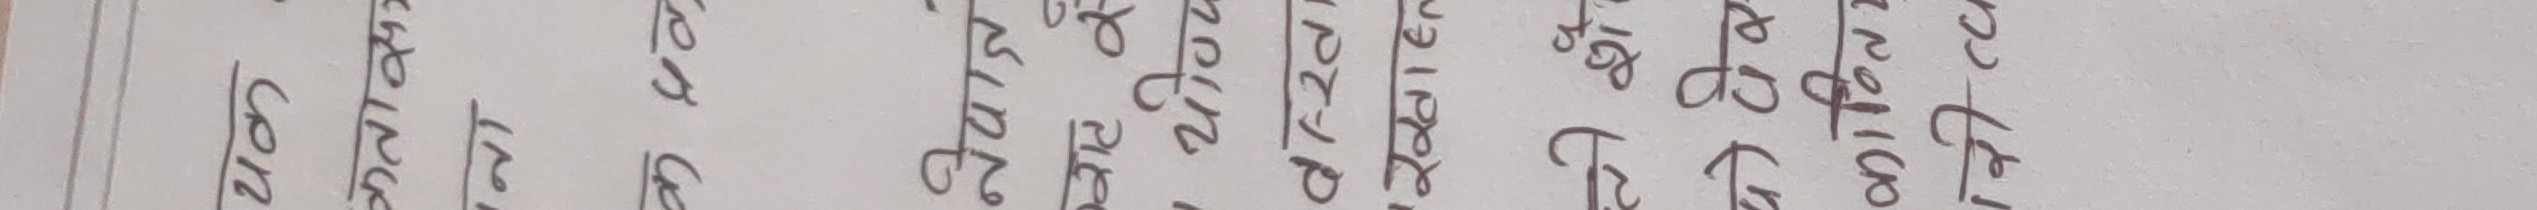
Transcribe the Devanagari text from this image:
१२ कण ९० कण ४० कण जोडेर २५ १०० ९५
१० कण ८० कण ३० कण जोडिएको १२ १०० ९०
१२ कण ४० कण ६० कण १०० ३० १०० ८०
६ कण २० कण ५० कण ट्याग ७५ १०० ७०